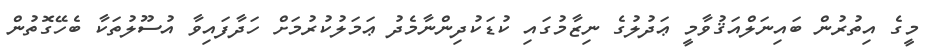
މީގެ އިތުރުން ބައިނަލްއަޤުވާމީ ޢަދުލުގެ ނިޒާމުގައި ކުޑަކުދިންނާމެދު ޢަމަލުކުރުމަށް ހަދާފައިވާ އުސޫލުތަކާ ބެހޭގޮތުން